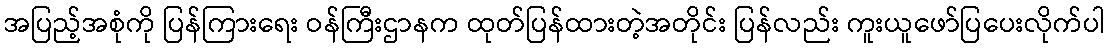
အပြည့်အစုံကို ပြန်ကြားရေး ဝန်ကြီးဌာနက ထုတ်ပြန်ထားတဲ့အတိုင်း ပြန်လည်း ကူးယူဖော်ပြပေးလိုက်ပါ